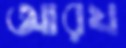
আরয